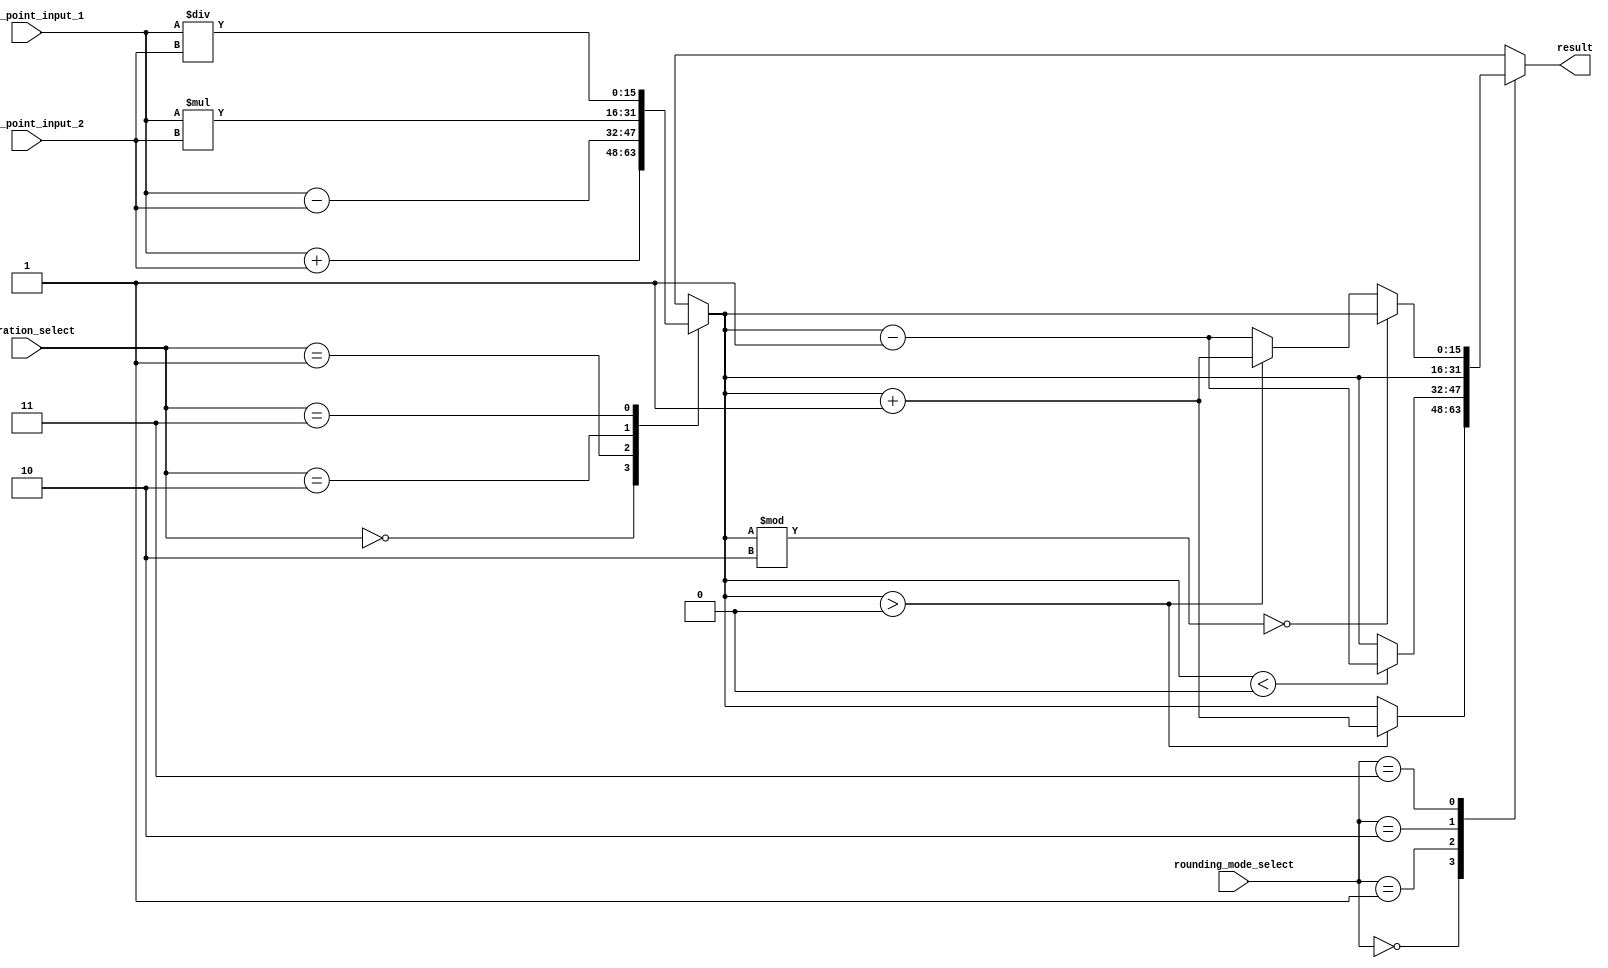
module rounding_unit (
    input wire [15:0] fixed_point_input_1,
    input wire [15:0] fixed_point_input_2,
    input wire [1:0] operation_select, // 00: addition, 01: subtraction, 10: multiplication, 11: division
    input wire [1:0] rounding_mode_select, // 00: round up, 01: round down, 10: round to zero, 11: round to nearest
    output reg [15:0] result
);

reg [15:0] temp_result;

always @(*)
begin
    case(operation_select)
        2'b00: // addition
            temp_result = fixed_point_input_1 + fixed_point_input_2;
        2'b01: // subtraction
            temp_result = fixed_point_input_1 - fixed_point_input_2;
        2'b10: // multiplication
            temp_result = fixed_point_input_1 * fixed_point_input_2;
        2'b11: // division
            temp_result = fixed_point_input_1 / fixed_point_input_2;
    endcase
    
    case(rounding_mode_select)
        2'b00: // round up
            if(temp_result > 0)
                result = temp_result + 1;
            else
                result = temp_result;
        2'b01: // round down
            if(temp_result < 0)
                result = temp_result - 1;
            else
                result = temp_result;
        2'b10: // round to zero
            result = temp_result;
        2'b11: // round to nearest
            if(temp_result % 2 == 0)
                result = temp_result;
            else if(temp_result > 0)
                result = temp_result + 1;
            else
                result = temp_result - 1;
    endcase
end

endmodule